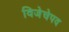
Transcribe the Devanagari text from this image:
विजेचेपद